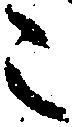
こ